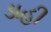
ડાહી